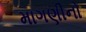
માગણીનો